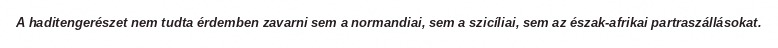
A haditengerészet nem tudta érdemben zavarni sem a normandiai, sem a szicíliai, sem az észak-afrikai partraszállásokat.